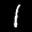
Label: 1